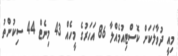
މިއީ ދުވާލަކަށް ކޮސްޓިއުމެއްލާ 86 އަހަރުގެ މީހެއް 43 މިނެޓް 44 ސިކުންތު